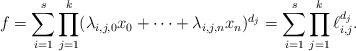
LaTeX: \begin{align*}f = \sum_{i=1}^s \prod_{j=1}^k (\lambda_{i,j,0} x_0 +\cdots + \lambda_{i,j,n} x_n)^{d_j} = \sum_{i=1}^s \prod_{j=1}^k \ell_{i,j}^{d_j}. \end{align*}